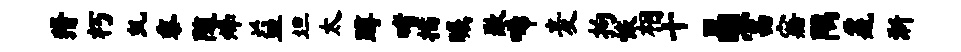
猾朽虬黍随烽益坦太蹲嗜描瞩歉唏麦拘恢相十晶富寤隅鼐淅